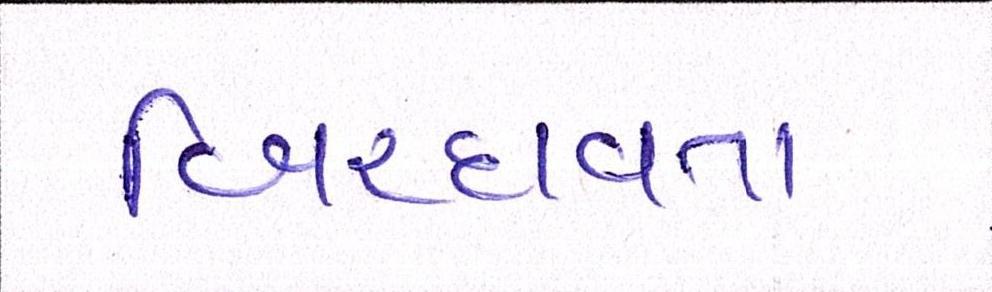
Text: બિરદાવતા